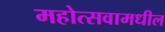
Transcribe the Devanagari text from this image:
महोत्सवामधील